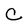
Character: C